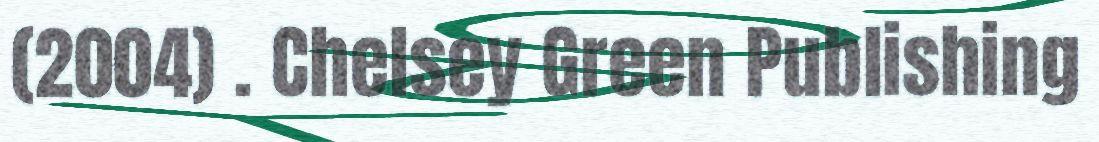
(2004) . Chelsey Green Publishing